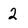
Character: 2